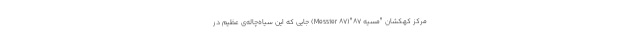
مرکز کهکشان "مسیه ۸۷"(Messier ۸۷) جایی که این سیاه‌چاله‌ی عظیم در